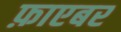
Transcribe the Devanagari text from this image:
फ़ाएबर